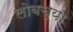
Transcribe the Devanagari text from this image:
लोबच्या